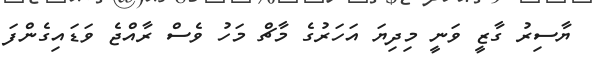
ޔާސިރު ގާޒީ ވަނީ މިދިޔަ އަހަރުގެ މާޗް މަހު ވެސް ރާއްޖެ ވަޑައިގެންފަ